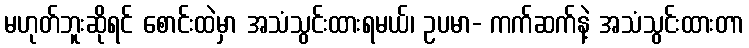
မဟုတ်ဘူးဆိုရင် စောင်းထဲမှာ အသံသွင်းထားရမယ်၊ ဥပမာ- ကက်ဆက်နဲ့ အသံသွင်းထားတာ